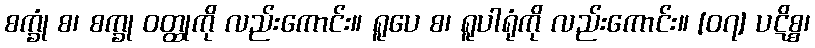
စက္ခုံ စ၊ စက္ခု ဝတ္ထုကို လည်းကောင်း။ ရူပေ စ၊ ရူပါရုံကို လည်းကောင်း။ [၀၇] ပဋိစ္စ၊